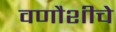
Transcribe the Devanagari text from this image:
वणौशीचे